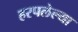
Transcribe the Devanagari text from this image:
हरपलेल्या